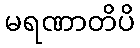
မရဏာတိပိ